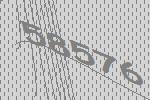
58576